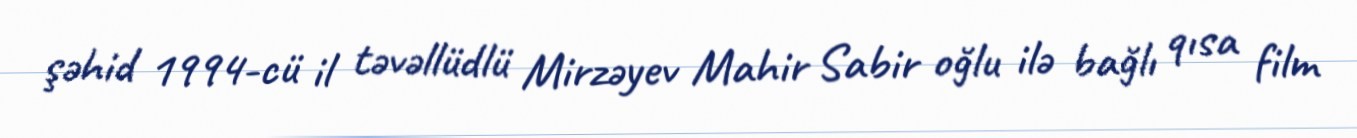
şəhid 1994-cü il təvəllüdlü Mirzəyev Mahir Sabir oğlu ilə bağlı qısa film